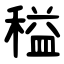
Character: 䅬